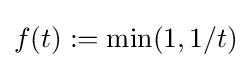
f(t):=\min(1,1/t)